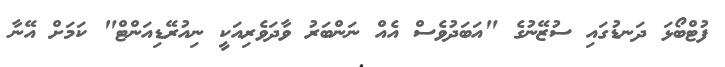
ފުޓްބޯޅަ ދަނޑުގައި ސުޒޭނުގެ "އަބަދުވެސް އެއް ނަންބަރު ވާދަވެރިއަކީ ނިއުރޭޑިއަންޓް" ކަމަށް އޭނާ